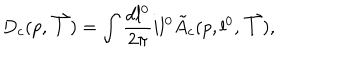
D _ { c } ( p , \stackrel { \rightharpoonup } { l } ) = \int \frac { d l ^ { 0 } } { 2 \pi } i l ^ { 0 } \tilde { A } _ { c } ( p , l ^ { 0 } , \stackrel { \rightharpoonup } { l } ) ,